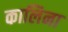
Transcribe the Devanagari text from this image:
कालिना